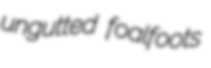
ungutted foalfoots